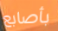
بأصابع